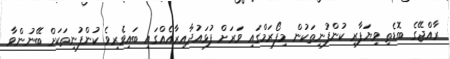
ރާއްޖޭގެ ބޮޑެތި ވިޔަފާރި ކުންފުނިތަކުން މިފޯރަމްގައި ވަަރަށް ފުޅައުދާއިރާއެއްގައި ބައިވެރިވެ ކުންފުނިތަކަށް ބޭނުންވާ